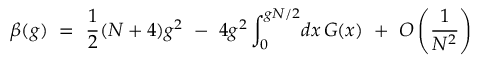
\beta ( g ) ~ = ~ \frac { 1 } { 2 } ( N + 4 ) g ^ { 2 } ~ - ~ 4 g ^ { 2 } \int _ { 0 } ^ { g N / 2 } \! d x \, G ( x ) ~ + ~ O \left( \frac { 1 } { N ^ { 2 } } \right)